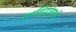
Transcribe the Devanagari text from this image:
रससिद्धांताशी